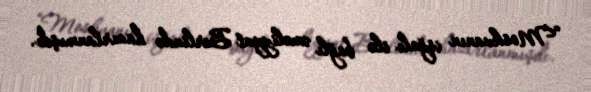
“Moskvanın işğalı ilə bağlı əməliyyat Berlində hazırlanmışdı.